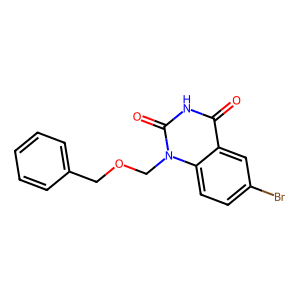
SMILES: O=c1[nH]c(=O)n(COCc2ccccc2)c2ccc(Br)cc12
Inhibits HIV replication: No